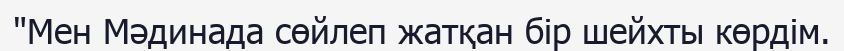
"Мен Мәдинада сөйлеп жатқан бір шейхты көрдім.